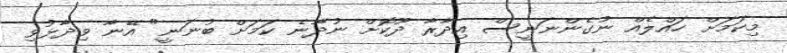
މިކަމަށް ހައްލެއް ނުގެންނަނީސް އިދާރާ ދޫކޮށް ނުދާނެ ކަމަށް ބުނަނީ" އޭނާ ވިދާޅުވި